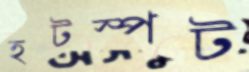
হটস্পট